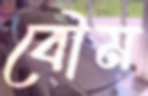
বৌম